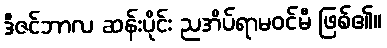
ဒီဇင်ဘာလ ဆန်းပိုင်း ညအိပ်ရာမဝင်မီ ဖြစ်၏။